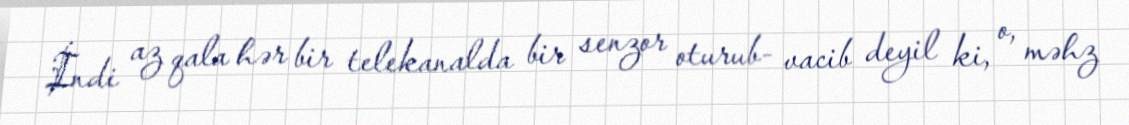
İndi az qala hər bir telekanalda bir senzor oturub- vacib deyil ki, o, məhz